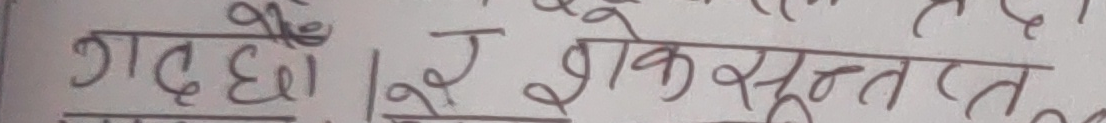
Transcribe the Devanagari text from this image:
गत छौ। रु शोकसन्तप्त,